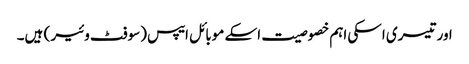
اور تیسری اسکی اہم خصوصیت اسکے موبائل ایپس (سوفٹ وئیر ) ہیں۔